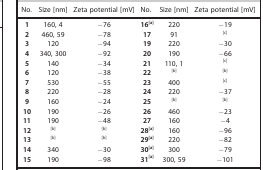
<table><thead><tr><td><b>No.</b></td><td><b>Size [nm]</b></td><td><b>Zeta potential [mV]</b></td><td><b>No.</b></td><td><b>Size [nm]</b></td><td><b>Zeta potential [mV]</b></td></tr></thead><tbody><tr><td><b>1</b></td><td>160, 4</td><td>−76</td><td><b>16<sup>[a]</sup></b></td><td>220</td><td>−19</td></tr><tr><td><b>2</b></td><td>460, 59</td><td>−78</td><td><b>17</b></td><td>91</td><td><sup>[c]</sup></td></tr><tr><td><b>3</b></td><td>120</td><td>−94</td><td><b>19</b></td><td>220</td><td>−30</td></tr><tr><td><b>4</b></td><td>340, 300</td><td>−92</td><td><b>20</b></td><td>190</td><td>−66</td></tr><tr><td><b>5</b></td><td>140</td><td>−34</td><td><b>21</b></td><td>110, 1</td><td><sup>[c]</sup></td></tr><tr><td><b>6</b></td><td>120</td><td>−38</td><td><b>22</b></td><td><sup>[b]</sup></td><td><sup>[b]</sup></td></tr><tr><td><b>7</b></td><td>530</td><td>−55</td><td><b>23</b></td><td>400</td><td><sup>[c]</sup></td></tr><tr><td><b>8</b></td><td>220</td><td>−28</td><td><b>24</b></td><td>220</td><td>−37</td></tr><tr><td><b>9</b></td><td>160</td><td>−24</td><td><b>25</b></td><td><sup>[b]</sup></td><td><sup>[b]</sup></td></tr><tr><td><b>10</b></td><td>190</td><td>−26</td><td><b>26</b></td><td>460</td><td>−23</td></tr><tr><td><b>11</b></td><td>190</td><td>−48</td><td><b>27</b></td><td>160</td><td>−4</td></tr><tr><td><b>12</b></td><td><sup>[b]</sup></td><td><sup>[b]</sup></td><td><b>28<sup>[a]</sup></b></td><td>160</td><td>−96</td></tr><tr><td><b>13</b></td><td><sup>[b]</sup></td><td><sup>[b]</sup></td><td><b>29<sup>[a]</sup></b></td><td>220</td><td>−82</td></tr><tr><td><b>14</b></td><td>340</td><td>−30</td><td><b>30<sup>[a]</sup></b></td><td>300</td><td>−79</td></tr><tr><td><b>15</b></td><td>190</td><td>−98</td><td><b>31<sup>[a]</sup></b></td><td>300, 59</td><td>−101</td></tr></tbody></table>